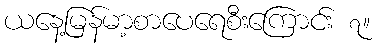
ယနေ့မြန်မာ့စာပေရေစီးကြောင်း ၇။